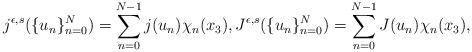
LaTeX: \begin{align*}j^{\epsilon,s}(\{u_n\}_{n=0}^N)=\sum\limits_{n=0}^{N-1}j(u_n)\chi_n(x_3), J^{\epsilon,s}(\{u_n\}_{n=0}^N)=\sum\limits_{n=0}^{N-1}J(u_n)\chi_n(x_3),\end{align*}